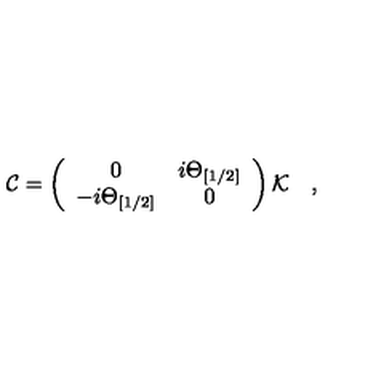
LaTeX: { \cal C } = \left( \begin{array} { c c } { 0 } & { i \Theta _ { [ 1 / 2 ] } } \\ { - i \Theta _ { [ 1 / 2 ] } } & { 0 } \\ \end{array} \right) { \cal K } \quad ,